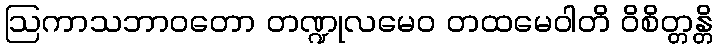
ဩကာသဘာဝတော တဏ္ဍုလမေဝ တထမေဝါတိ ဝိစိတ္တန္တိ